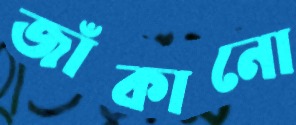
জাঁকানো